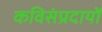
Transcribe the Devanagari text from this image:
कविसंप्रदायों